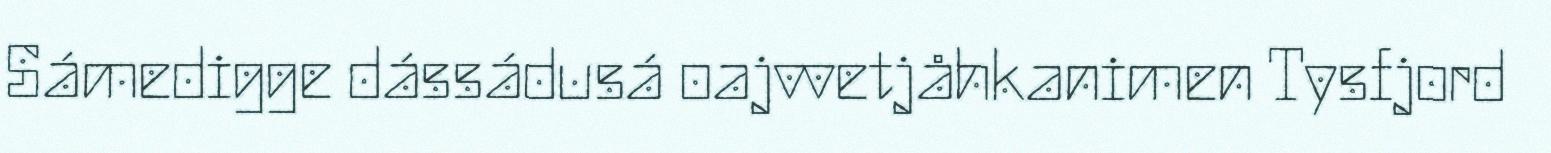
Sámedigge dássádusá oajvvetjåhkanimen Tysfjord